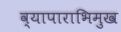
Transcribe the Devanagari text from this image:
व्यापाराभिमुख